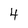
Character: 4